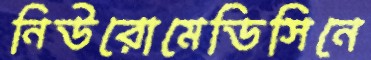
নিউরোমেডিসিনে